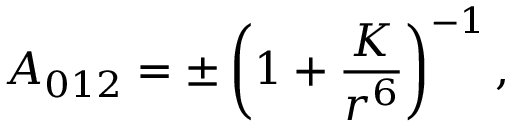
A _ { 0 1 2 } = \pm \left( 1 + \frac { K } { r ^ { 6 } } \right) ^ { - 1 } ,